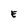
Character: E